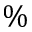
\%